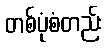
တစ်ပုံစံတည်း